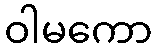
ဝါမကော